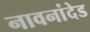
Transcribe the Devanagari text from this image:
नावनांदेड